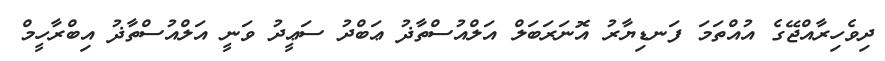
ދިވެހިރާއްޖޭގެ އުއްތަމަ ފަނޑިޔާރު އޮނަރަބަލް އަލްއުސްތާޛު ޢަބްދު ސަޢީދު ވަނީ އަލްއުސްތާޛު އިބްރާހީމް